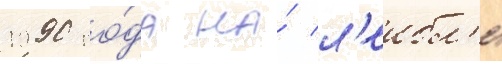
1990 го́да на́ л'еибл'е